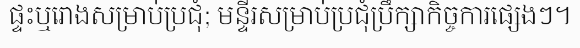
ផ្ទះឬរោងសម្រាប់ប្រជុំ; មន្ទីរសម្រាប់ប្រជុំប្រឹក្សាកិច្ចការផ្សេងៗ។